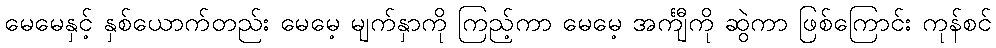
မေမေနှင့် နှစ်ယောက်တည်း မေမေ့ မျက်နှာကို ကြည့်ကာ မေမေ့ အင်္ကျီကို ဆွဲကာ ဖြစ်ကြောင်း ကုန်စင်